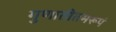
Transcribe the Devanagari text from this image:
गुणातीतमरूपं